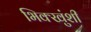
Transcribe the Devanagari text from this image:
भिक्खुंशी